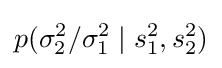
p(\sigma _{2}^{2}/\sigma _{1}^{2}\mid s_{1}^{2},s_{2}^{2})